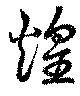
煌